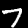
Label: 7